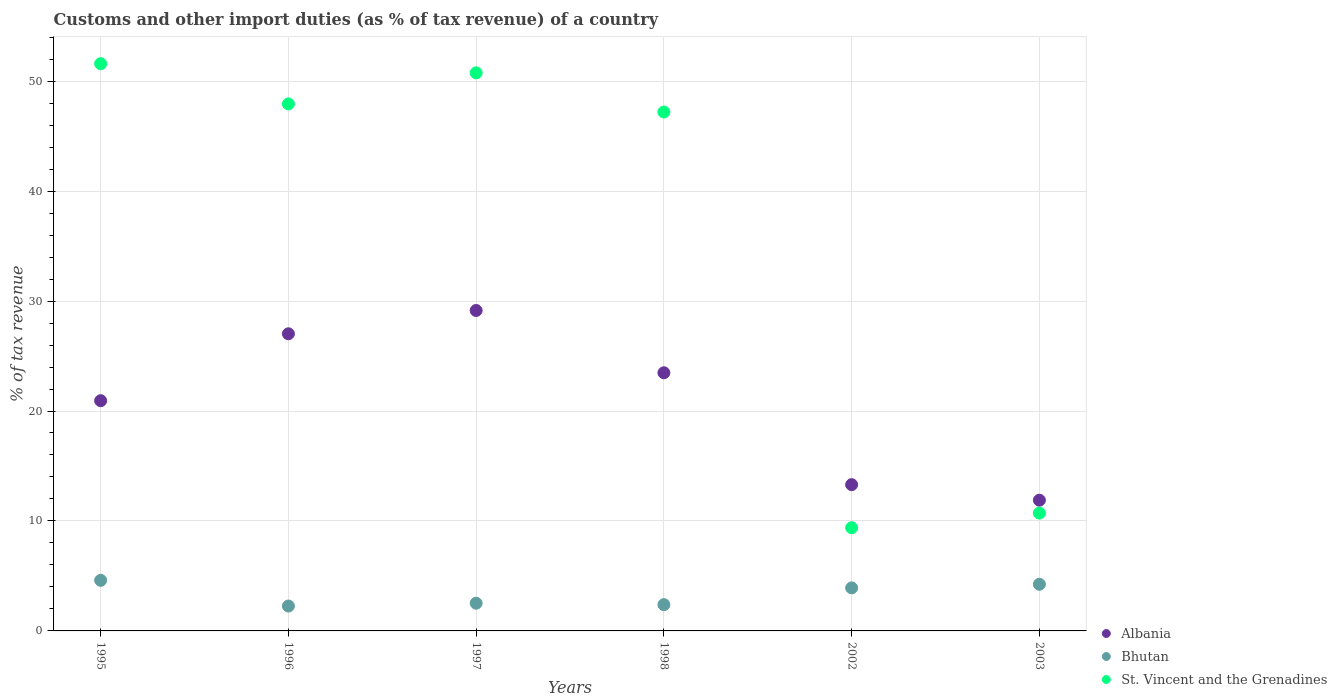
| Years | Albania | Bhutan | St. Vincent and the Grenadines |
 | --- | --- | --- | --- |
 | 1995 | 20.9 | 4.6 | 51.6 |
 | 1996 | 27 | 2.26 | 47.9 |
 | 1997 | 29.1 | 2.52 | 50.8 |
 | 1998 | 23.5 | 2.39 | 47.2 |
 | 2002 | 13.3 | 3.91 | 9.38 |
 | 2003 | 11.9 | 4.24 | 10.7 |